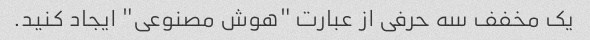
یک مخفف سه حرفی از عبارت "هوش مصنوعی" ایجاد کنید.